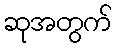
ဆုအတွက်